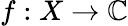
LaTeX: f:X\to\mathbb{C}